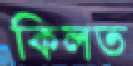
কিলত